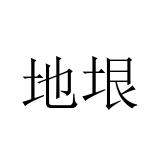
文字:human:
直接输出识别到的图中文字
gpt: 地垠